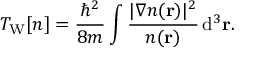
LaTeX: T _ { \mathrm { W } } [ n ] = { \frac { \hbar ^ { 2 } } { 8 m } } \int { \frac { | \nabla n ( \mathbf { r } ) | ^ { 2 } } { n ( \mathbf { r } ) } } \, \mathrm { d } ^ { 3 } \mathbf { r } .